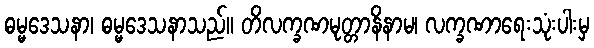
ဓမ္မဒေသနာ၊ ဓမ္မဒေသနာသည်။ တိလက္ခဏမုတ္တာနိနာမ၊ လက္ခဏာရေးသုံးပါးမှ